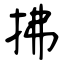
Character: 拂